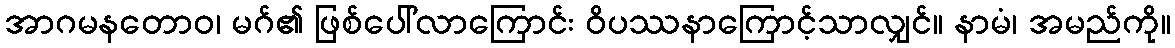
အာဂမနတောဝ၊ မဂ်၏ ဖြစ်ပေါ်လာကြောင်း ဝိပဿနာကြောင့်သာလျှင်။ နာမံ၊ အမည်ကို။